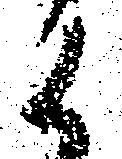
候